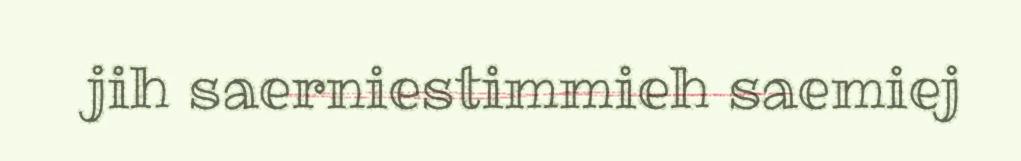
jih saerniestimmieh saemiej